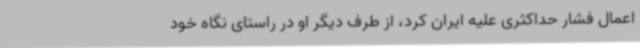
اعمال فشار حداکثری علیه ایران کرد، از طرف دیگر او در راستای نگاه خود